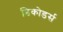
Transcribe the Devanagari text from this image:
डिकोडर्स